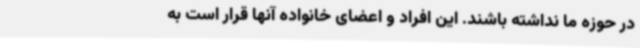
در حوزه ما نداشته باشند. این افراد و اعضای خانواده آنها قرار است به